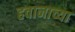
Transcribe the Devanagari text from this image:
हवानाच्या